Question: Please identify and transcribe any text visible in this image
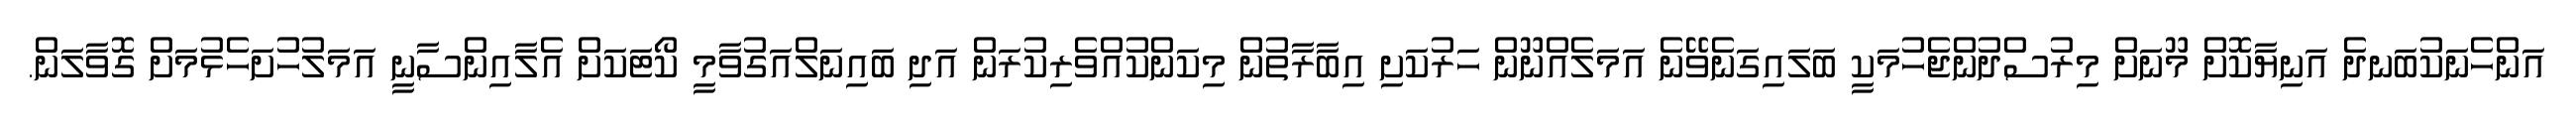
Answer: އަންހެނަކުބަނދެ އަނިޔާކޮށް މޫނަށް މިރުސްދުންޖެހުމަކީ ބަލައިގަނެވޭނެ އަމަލެއްނޫން ހަރުކަށި އިބާރާތުން މިކަންކުއްވެރިކުރަން އަދި ބައިނަލްއަގުވާމީ ކޯޓަކަށް އެލާއިންސާނީ އަމަލުހުށަހެޅުމަށް ގޮވާލަން.